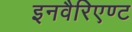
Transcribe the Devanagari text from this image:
इनवैरिएण्ट